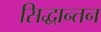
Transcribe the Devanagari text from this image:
सिद्धान्तन